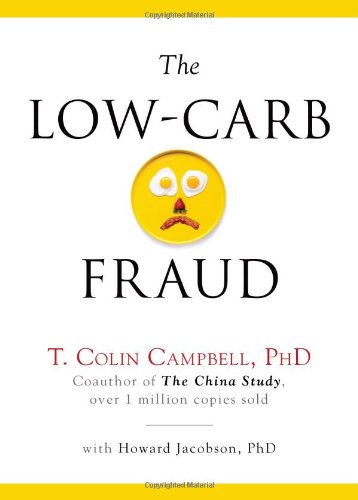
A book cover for The Low-Carb Fraud; T. Colin Campbell; Cookbooks, Food & Wine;